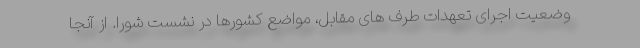
وضعیت اجرای تعهدات طرف های مقابل، مواضع کشورها در نشست شورا. از آنجا